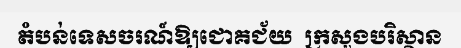
តំបន់ទេសចរណ៍ឱ្យជោគជ័យ  ក្រសួងបរិស្ថាន